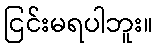
ငြင်းမရပါဘူး။